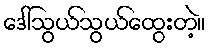
ဒေါ်သွယ်သွယ်ထွေးတဲ့။